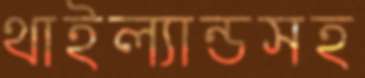
থাইল্যান্ডসহ